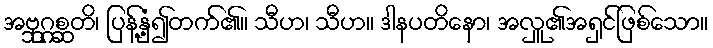
အဗ္ဘုဂ္ဂစ္ဆတိ၊ ပြန့်နှံ့၍တက်၏။ သီဟ၊ သီဟ။ ဒါနပတိနော၊ အလှူ၏အရှင်ဖြစ်သော။